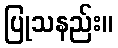
ပြုသနည်း။